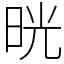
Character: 晄